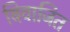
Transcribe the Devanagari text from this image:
बिवाजित